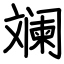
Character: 斓